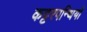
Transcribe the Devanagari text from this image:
कट्टरपन्थियों